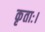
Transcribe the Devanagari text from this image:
कृताः।